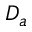
D _ { a }